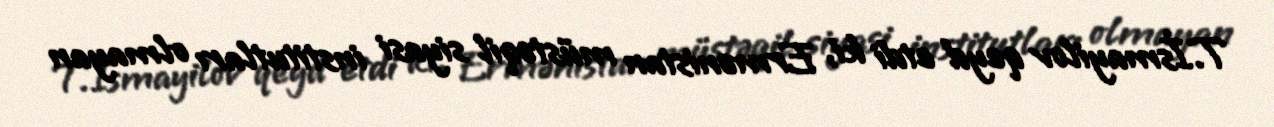
T.İsmayilov qeyd etdi ki, Ermənistan müstəqil siyasi institutları olmayan